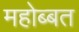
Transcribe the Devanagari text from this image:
महोब्बत